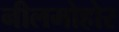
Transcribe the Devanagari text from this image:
नीलमोहोर